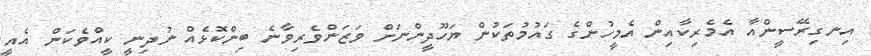
އިނގިރޭސީންއާ އެމެރިކާއިން އެމީހުންގެ ގައުމުތަކުން ޔަހޫދީންނަށް ވަޒަންވެރިވާނެ ބިންކޮޅެެއް ނުދިނީ ކީއްވެކަން އެއީ